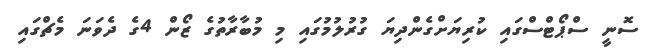
ސޮނީ ސްޕޯޓްސްގައި ކުރިޔަށްގެންދިޔަ ގުރުލުމުގައި މި މުބާރާތުގެ ޒޯން 4ގެ ދެވަނަ މެޗްގައި